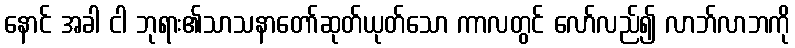
နောင် အခါ ငါ ဘုရား၏သာသနာတော်ဆုတ်ယုတ်သော ကာလတွင် လော်လည်၍ လာဘ်လာဘကို